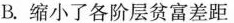
B.缩小了各阶层贫富差距